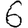
Digit: 6